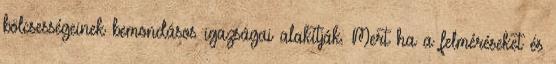
bölcsességeinek bemondásos igazságai alakítják. Mert ha a felméréseket és